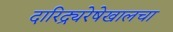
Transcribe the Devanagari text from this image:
दारिद्र्यरेषेखालचा